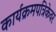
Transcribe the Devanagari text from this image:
कार्यक्रमपत्रिकेवर